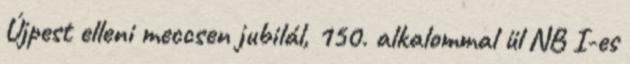
Újpest elleni meccsen jubilál, 150. alkalommal ül NB I-es